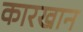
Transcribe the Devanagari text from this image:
कारखान